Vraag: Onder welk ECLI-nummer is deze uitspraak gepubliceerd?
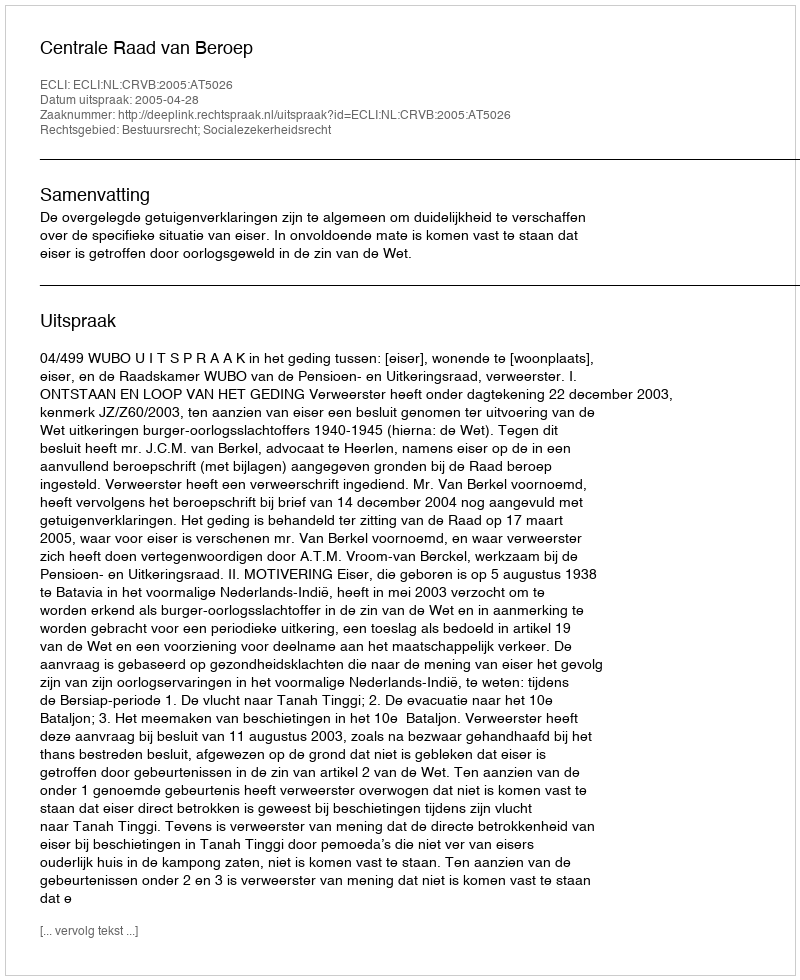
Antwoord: ECLI:NL:CRVB:2005:AT5026